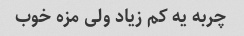
چربه یه کم زیاد ولی مزه خوب